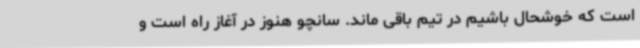
است که خوشحال باشیم در تیم باقی ماند. سانچو هنوز در آغاز راه است و